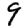
Digit: 9